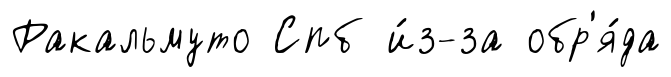
Ракальмуто Спб и́з-за обр'я́да